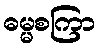
ဓမ္မစကြာ